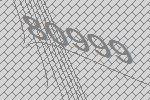
80999